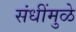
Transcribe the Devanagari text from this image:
संधींमुळे